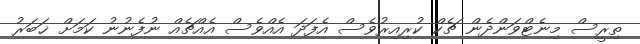
ތިރީސް މިނެޓްވަންދެން ޗެކް ކުރިއިރުވެސް އެފަދަ އެއްވެސް އެއްޗެއް ނުފެނުނު ކަމަށް ޚަބަރު